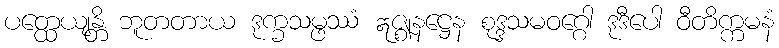
ပတ္ထေယျန္တိ ဘူတတာယ ဒုက္ခသမ္ဖဿံ ဣဇ္ဈနဋ္ဌေန စုဒ္ဒသမဝဂ္ဂေါ ဒုဒီပေါ ဝီတိက္ကမနံ